Report of the Hyderabad Chloroform Commission
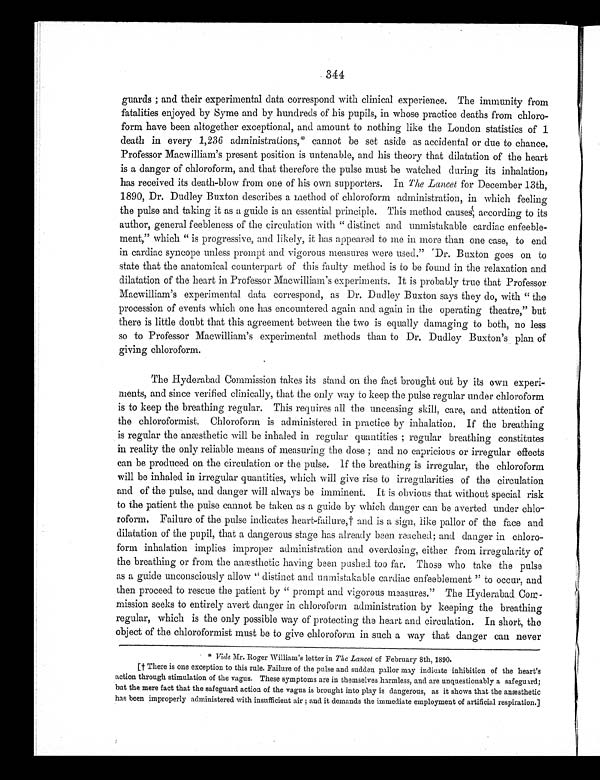
344
guards; and their experimental data correspond with clinical experience. The immunity from
fatalities enjoyed by Syme and by hundreds of his pupils, in whose practice deaths from chloro-
-form have been altogether exceptional, and amount to nothing like the London statistics of 1
death in every 1,236 administrations,* cannot be set aside as accidental or due to chance.
Professor Macwilliam's present position is untenable, and his theory that dilatation of the heart
is a danger of chloroform, and that therefore the pulse must be watched during its inhalation,
has received its death-blow from one of his own supporters. In The Lancet for December 13th,
1890, Dr. Dudley Buxton describes a method of chloroform administration, in which feeling
the pulse and taking it as a guide is an essential principle. This method causes, according to its
author, general feebleness of the circulation with "distinct and unmistakable cardiac enfeeble--
ment," which "is progressive, and likely, it has appeared to me in more than one case, to end
in cardiac syncope unless prompt and vigorous measures were used." Dr. Buxton goes on to
state that the anatomical counterpart of this faulty method is to be found in the relaxation and
dilatation of the heart in Professor Macwilliam's experiments. It is probably true that Professor
Macwilliam's experimental data correspond, as Dr. Dudley Buxton says they do, with "the
procession of events which one has encountered again and again in the operating theatre," but
there is little doubt that this agreement between the two is equally damaging to both, no less
so to Professor Macwilliam's experimental methods than to Dr. Dudley Buxton's plan of
giving chloroform.
The Hyderabad Commission takes its stand on the fact brought out by its own experi-
ments, and since verified clinically, that the only way to keep the pulse regular under chloroform
is to keep the breathing regular. This requires all the unceasing skill, care, and attention of
the chloroformist. Chloroform is administered in practice by inhalation. If the breathing
is regular the anæsthetic will be inhaled in regular quantities; regular breathing constitutes
in reality the only reliable means of measuring the dose; and no capricious or irregular effects
can be produced on the circulation or the pulse. If the breathing is irregular, the chloroform
will be inhaled in irregular quantities, which will give rise to irregularities of the circulation
and of the pulse, and danger will always be imminent. It is obvious that without special risk
to the patient the pulse cannot be taken as a guide by which danger can be averted under chlo
- r o f o r m . F a i l u r e o f t h e p u l s e i n d i c a t e s h e a r t - f a i l u r e , † a n d i s a s i g n , l i k e p a l l o r o f t h e f a c e a n d
dilatation of the pupil, that a dangerous stage has already been reached; and danger in chloro-
form inhalation implies improper administration and overdosing, either from irregularity of
the breathing or from the anæsthetic having been pushed too far. Those who take the pulse
as a guide unconsciously allow "distinct and unmistakable cardiac enfeeblement" to occur, and
then proceed to rescue the patient by "prompt and vigorous measures." The Hyderabad Com-
mission seeks to entirely avert danger in chloroform administration by keeping the breathing
regular, which is the only possible way of protecting the heart and circulation. In short, the
object of the chloroformist must be to give chloroform in such a way that danger can never
* Vide Mr. Roger William's letter in The Lancet of February 8th, 1890.
[ † T h e r e i s o n e e x c e p t i o n t o t h i s r u l e . F a i l u r e o f t h e p u l s e a n d s u d d e n p a l l o r m a y i n d i c a t e i n h i b i t i o n o f t h e h e a r t ' s
action through stimulation of the vagus. These symptoms are in themselves harmless, and are unquestionably a safeguard;
but t he mer e f act t hat t he saf eguar d act i on of t he vagus i s br ought i nt o pl ay i s danger ous, as i t shows t hat t he anæst het i c
has been improperly administered with insufficient air; and it demands the immediate employment of artificial respiration.]